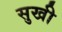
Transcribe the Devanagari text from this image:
सुखी